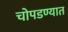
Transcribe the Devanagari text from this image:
चोपडण्यात